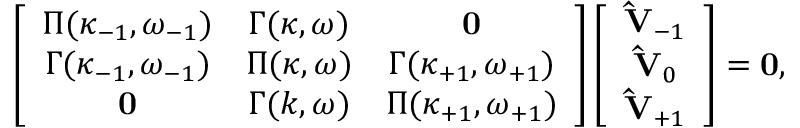
\left[ \begin{array} { c c c } { { \boldsymbol { \Pi } ( \kappa _ { - 1 } , \omega _ { - 1 } ) } } & { { \boldsymbol { \Gamma } ( \kappa , \omega ) } } & { \mathbf { 0 } } \\ { { \boldsymbol { \Gamma } ( \kappa _ { - 1 } , \omega _ { - 1 } ) } } & { { \boldsymbol { \Pi } ( \kappa , \omega ) } } & { { \boldsymbol { \Gamma } ( \kappa _ { + 1 } , \omega _ { + 1 } ) } } \\ { \mathbf { 0 } } & { { \boldsymbol { \Gamma } ( k , \omega ) } } & { { \boldsymbol { \Pi } ( \kappa _ { + 1 } , \omega _ { + 1 } ) } } \end{array} \right] \left[ \begin{array} { c c c } { { \mathbf { \hat { V } } _ { - 1 } } } \\ { { \mathbf { \hat { V } } _ { 0 } } } \\ { { \mathbf { \hat { V } } _ { + 1 } } } \end{array} \right] = \mathbf { 0 } ,